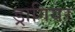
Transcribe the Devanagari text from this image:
ड्रागियर